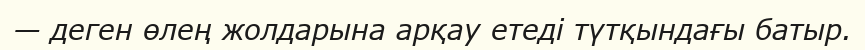
— деген өлең жолдарына арқау етеді түтқындағы батыр.